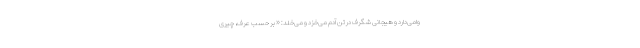
وامی‌دارد و هیجانی شگرف در تن آدم می‌خزد و می‌خلد: « بر حسب عرف، چیری